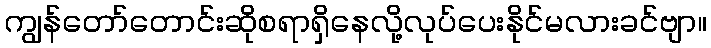
ကျွန်တော်တောင်းဆိုစရာရှိနေလို့လုပ်ပေးနိုင်မလားခင်ဗျာ။